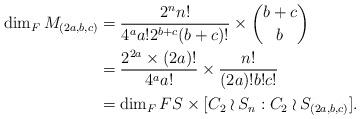
LaTeX: \begin{align*}\dim_F M_{(2a,b,c)} &= \dfrac{2^nn!}{4^aa!2^{b+c}(b+c)!} \times \binom{b+c}{b}\\&= \dfrac{2^{2a}\times (2a)!}{4^aa!} \times \dfrac{n!}{(2a)!b!c!}\\&= \dim_F FS \times [C_2 \wr S_n: C_2 \wr S_{(2a, b, c)}].\end{align*}